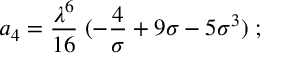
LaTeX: a _ { 4 } = { \frac { \lambda ^ { 6 } } { 1 6 } } \; ( - { \frac { 4 } { \sigma } } + 9 \sigma - 5 \sigma ^ { 3 } ) \; ;